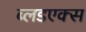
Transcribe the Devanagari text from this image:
ब्लडएक्स